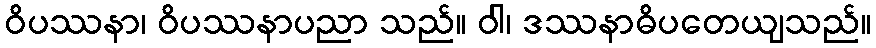
ဝိပဿနာ၊ ဝိပဿနာပညာ သည်။ ဝါ၊ ဒဿနာဓိပတေယျသည်။